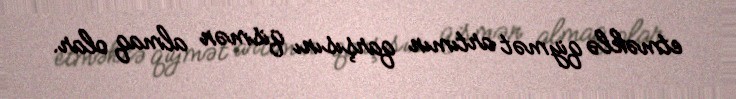
etməklə qiymət artımın qarşısını qismən almaq olar.